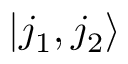
| j _ { 1 } , j _ { 2 } \rangle